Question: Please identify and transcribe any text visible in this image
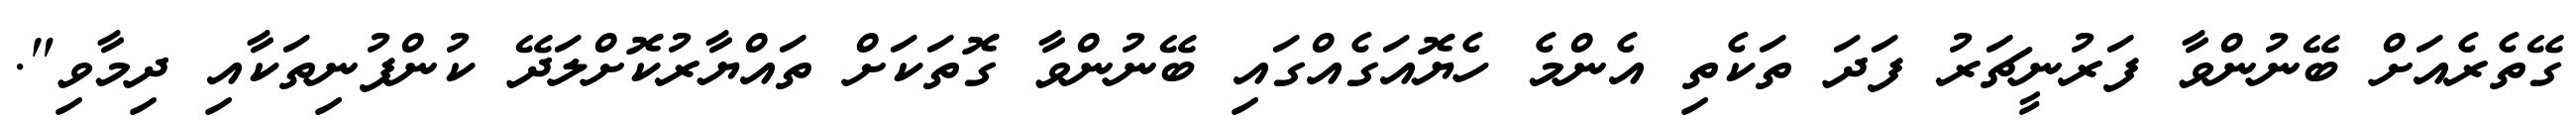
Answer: ގޭތެރެއަށް ބޭނުންވާ ފަރުނީޗަރު ފަދަ ތަކެތި އެންމެ ހެޔޮއަގެއްގައި ބޭނުންވާ ގޮތަކަށް ތައްޔާރުކޮށްލަދޭ ކުންފުނިތަކާއި ދިމާވި".